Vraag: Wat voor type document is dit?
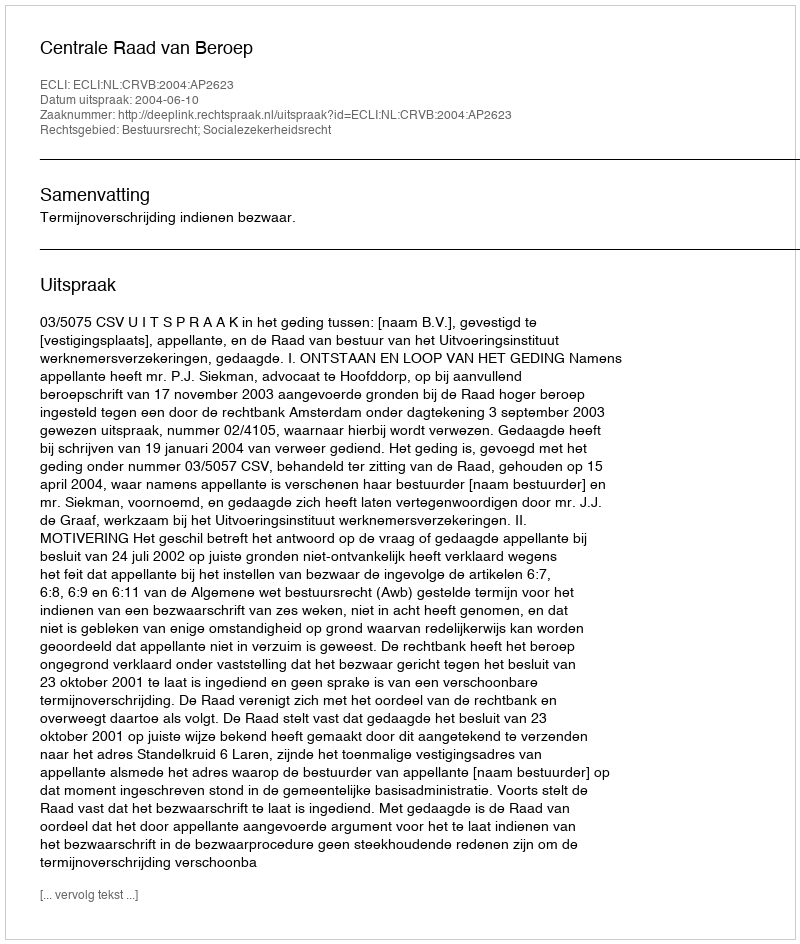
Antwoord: Uitspraak